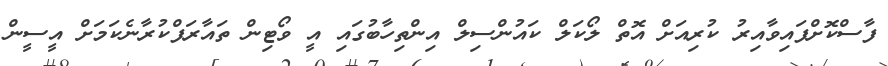
ފާސްކޮށްފައިވާއިރު ކުރިއަށް އޮތް ލޯކަލް ކައުންސިލް އިންތިހާބުގައި އީ ވޯޓިން ތައާރަފްކުރާނެކަމަށް އީސީން